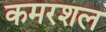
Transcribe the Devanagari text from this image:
कमरशल